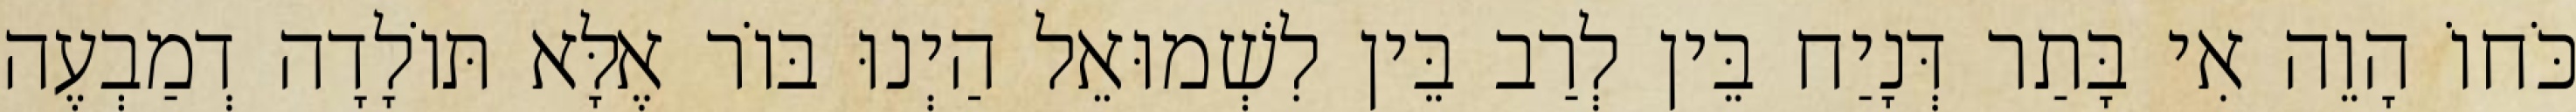
כֹּחוֹ הָוֵה אִי בָּתַר דְּנָיַח בֵּין לְרַב בֵּין לִשְׁמוּאֵל הַיְנוּ בּוֹר אֶלָּא תּוֹלָדָה דְמַבְעֶה